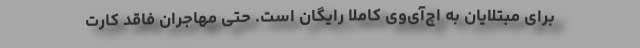
برای مبتلایان به اچ‌آی‌وی کاملا رایگان است. حتی مهاجران فاقد کارت